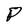
Character: P